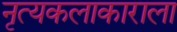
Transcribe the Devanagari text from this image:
नृत्यकलाकाराला